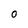
Character: O